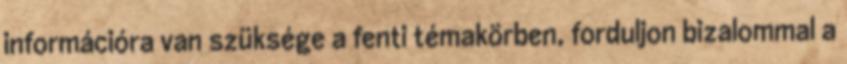
információra van szüksége a fenti témakörben, forduljon bizalommal a